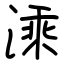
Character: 溗